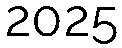
2025